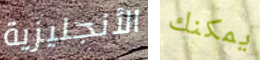
الأنجليزية يمكنك